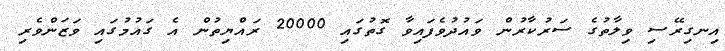
އިނގިރޭސި ވިލާތުގެ ސަރުކާރުން ވައުދުވެފައިވާ ގޮތުގައި 20000 ރައްޔިތުން އެ ގައުމުގައި ވަޒަންވެރި